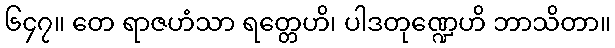
၆၄၇။ တေ ရာဇဟံသာ ရတ္တေဟိ၊ ပါဒတုဏ္ဍေဟိ ဘာသိတာ။